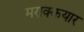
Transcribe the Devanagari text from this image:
मराक्कयार